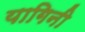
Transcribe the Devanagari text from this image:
यागिनी